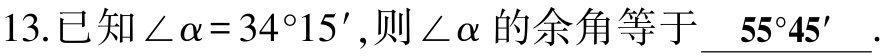
13.已知\(\angle\alpha = 34^{\circ}15'\),则\(\angle\alpha\)的余角等于\(\underline{ 55^{\circ}45'}\).